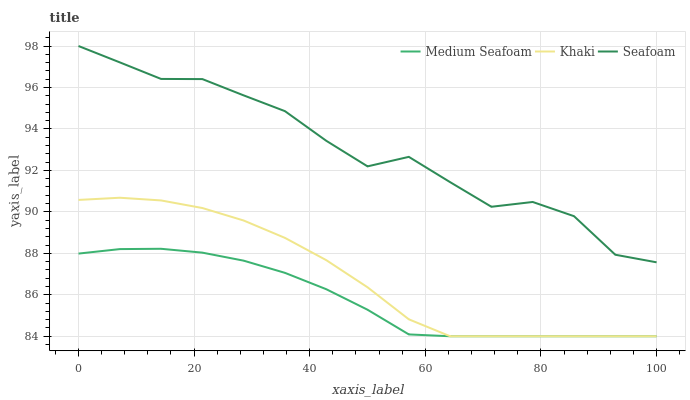
| xaxis_label | Medium Seafoam | Khaki | Seafoam |
 | --- | --- | --- | --- |
 | 0 | 88 | 90.6 | 98 |
 | 7.14 | 88.2 | 90.7 | 97.2 |
 | 14.3 | 88.2 | 90.6 | 96.4 |
 | 21.4 | 88 | 90.2 | 96.4 |
 | 28.6 | 87.6 | 89.6 | 95.6 |
 | 35.7 | 87.1 | 88.7 | 94.9 |
 | 42.9 | 86.3 | 87.7 | 93.4 |
 | 50 | 85.3 | 86.4 | 92.2 |
 | 57.1 | 84.1 | 84.8 | 92.7 |
 | 64.3 | 84 | 84 | 91.4 |
 | 71.4 | 84 | 84 | 90.2 |
 | 78.6 | 84 | 84 | 90.5 |
 | 85.7 | 84 | 84 | 89.8 |
 | 92.9 | 84 | 84 | 87.9 |
 | 100 | 84 | 84 | 87.6 |